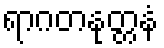
ရာဂတနုတ္တနံ